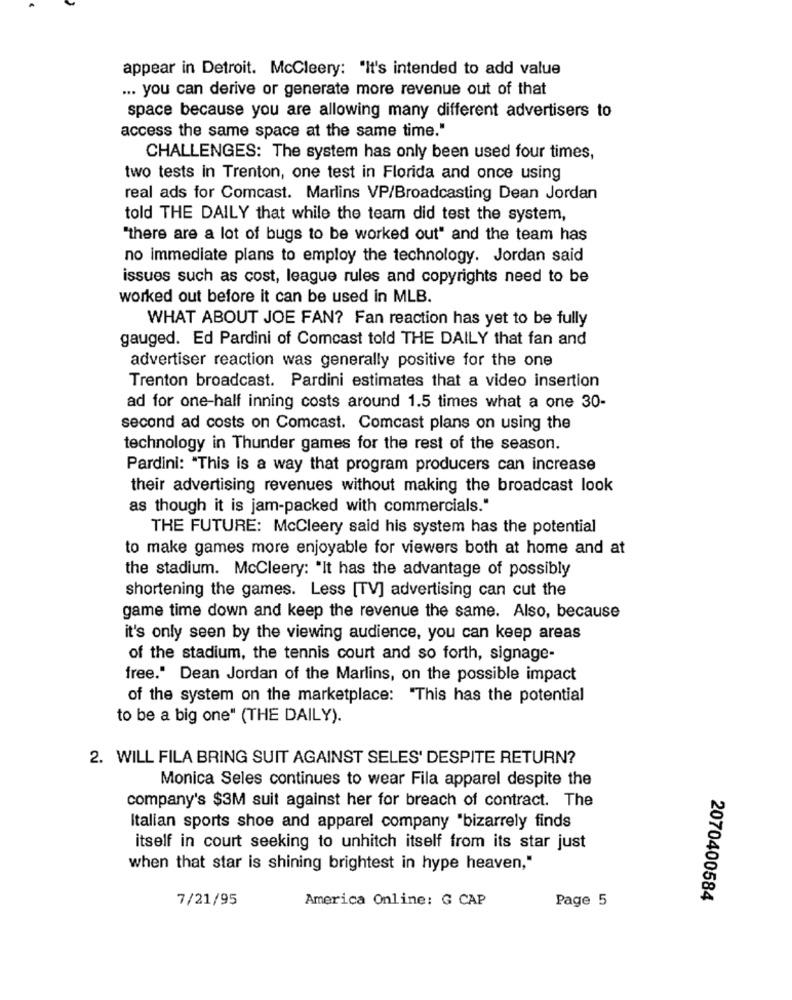
appear in Detroit. McCleery: "It's intended to add value
... you can derive or generate more revenue out of that
space because you are allowing many different advertisers to
access the same space at the same time."
CHALLENGES: The system has only been used four times,
two tests in Trenton, one test in Florida and once using
real ads for Comcast. Marlins VP/Broadcasting Dean Jordan
told THE DAILY that while the team did test the system,
"there are a lot of bugs to be worked out" and the team has
no immediate plans to employ the technology. Jordan said
issues such as cost, league rules and copyrights need to be
worked out before it can be used in MLB.
WHAT ABOUT JOE FAN? Fan reaction has yet to be fully
gauged. Ed Pardini of Comcast told THE DAILY that fan and
advertiser reaction was generally positive for the one
Trenton broadcast. Pardini estimates that a video insertion
ad for one-half inning costs around 1.5 times what a one 30-
second ad costs on Comcast. Comcast plans on using the
technology in Thunder games for the rest of the season.
Pardini: "This is a way that program producers can increase
their advertising revenues without making the broadcast look
as though it is jam-packed with commercials."
THE FUTURE: McCleery said his system has the potential
to make games more enjoyable for viewers both at home and at
the stadium. McCleery: "It has the advantage of possibly
shortening the games. Less [TV] advertising can cut the
game time down and keep the revenue the same. Also, because
it's only seen by the viewing audience, you can keep areas
of the stadium, the tennis court and so forth, signage-
free." Dean Jordan of the Marlins, on the possible impact
of the system on the marketplace: "This has the potential
to be a big one" (THE DAILY).
2. WILL FILA BRING SUIT AGAINST SELES' DESPITE RETURN?
Monica Seles continues to wear Fila apparel despite the
company's $3M suit against her for breach of contract. The
Italian sports shoe and apparel company "bizarrely finds
itself in court seeking to unhitch itself from its star just
when that star is shining brightest in hype heaven,"
7/21/95
America Online: G CAP
Page 5
2070400584